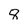
Character: 8